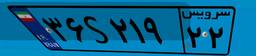
۸۳S۳۰۴۷۵